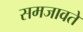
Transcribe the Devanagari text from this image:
समजावते